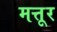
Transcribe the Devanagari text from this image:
मत्तूर